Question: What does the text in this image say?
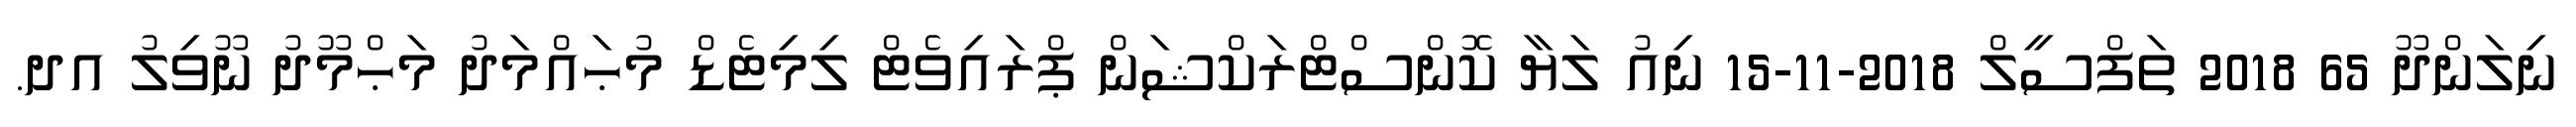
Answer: ނިލަންދޫ 65 2018 ތަފްސީލް 2018-11-15 ނިއު ލަޔާ ކޮންސްޓްރަކްޝަން ޕްރައިވެޓް ލިމިޓެޑް މުޙައްމަދު މަޙްމޫދު ނޫވިލު އދ.